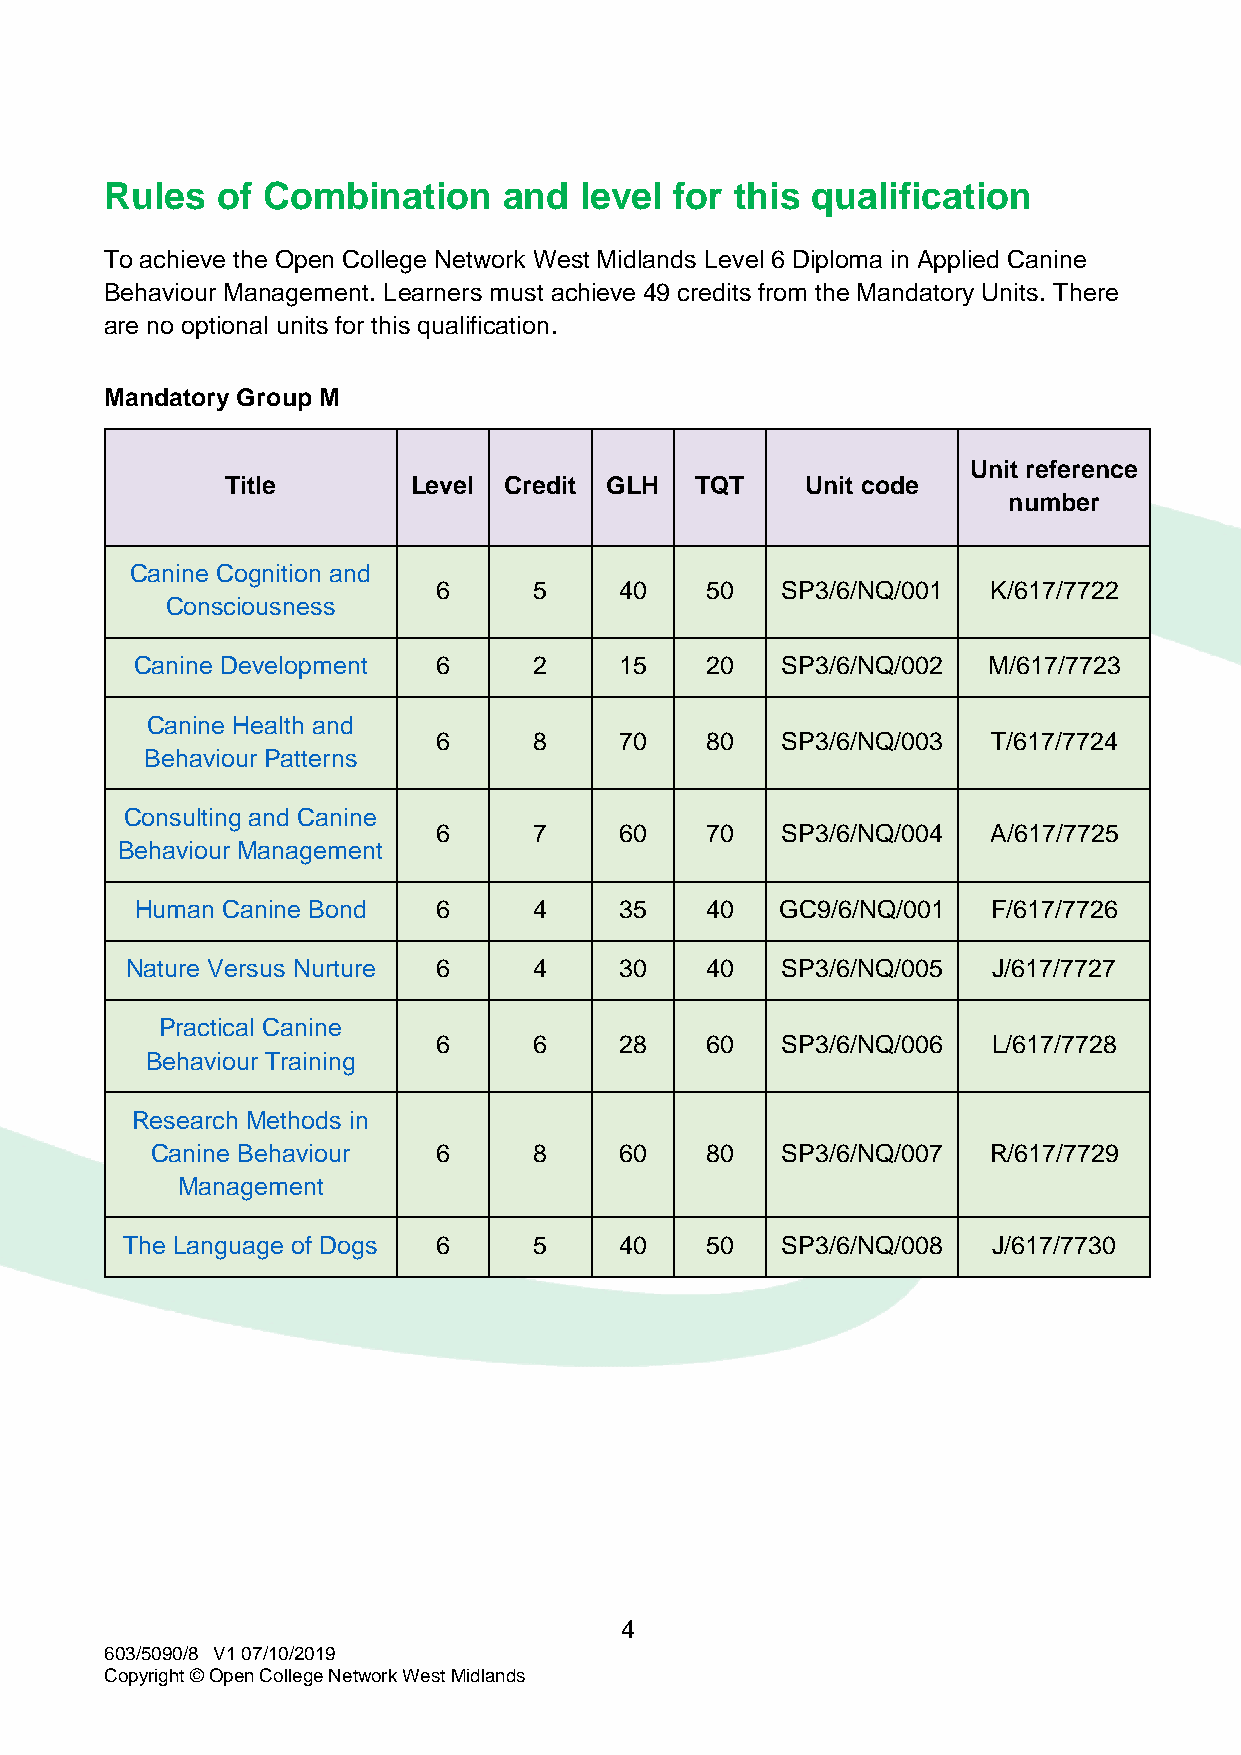
Rules  of Combination     and  level  for this qualification
 To achieve the Open College Network West Midlands Level 6 Diploma in Applied Canine
 Behaviour Management. Learners must achieve 49 credits from the Mandatory Units. There
 are no optional units for this qualification.
 Mandatory Group M
 Unit reference
 Title       Level Credit GLH   TQT    Unit code
 number
 Canine Cognition and
 6     5     40    50   SP3/6/NQ/001  K/617/7722
 Consciousness
 Canine Development  6     2     15    20   SP3/6/NQ/002 M/617/7723
 Canine Health and
 6     8     70    80   SP3/6/NQ/003  T/617/7724
 Behaviour Patterns
 Consulting and Canine
 6     7     60    70   SP3/6/NQ/004  A/617/7725
 Behaviour Management
 Human Canine Bond   6     4     35    40   GC9/6/NQ/001  F/617/7726
 Nature Versus Nurture 6    4     30    40   SP3/6/NQ/005  J/617/7727
 Practical Canine
 6     6     28    60   SP3/6/NQ/006  L/617/7728
 Behaviour Training
 Research Methods in
 Canine Behaviour   6     8     60    80   SP3/6/NQ/007 R/617/7729
 Management
 The Language of Dogs 6     5     40    50   SP3/6/NQ/008  J/617/7730
 4
 603/5090/8 V1 07/10/2019
 Copyright © Open College Network West Midlands